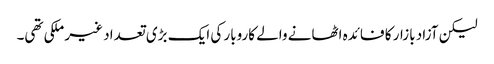
لیکن آزاد بازار کا فائدہ اٹھانے والے کاروبار کی ایک بڑی تعداد غیر ملکی تھی۔